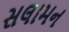
સલામન